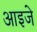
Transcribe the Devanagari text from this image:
आइजे